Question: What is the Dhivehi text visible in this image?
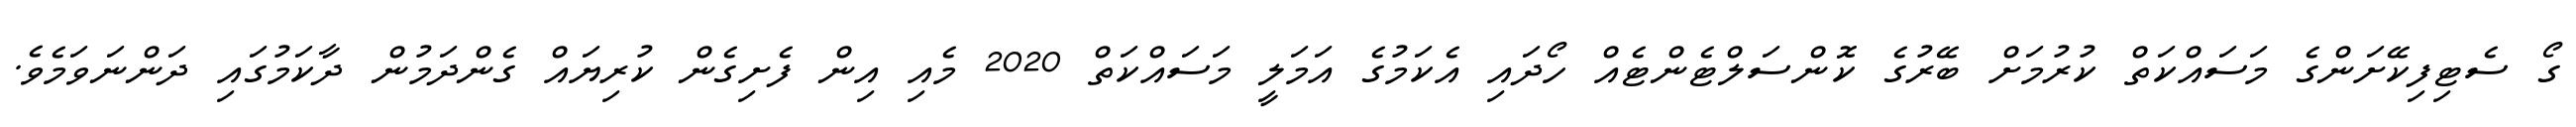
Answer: ގޯ ސެޓިފިކޭށަންގެ މަސައްކަތް ކުރުމަށް ބޭރުގެ ކޮންސަލްޓެންޓެއް ހޯދައި އެކަމުގެ އަމަލީ މަސައްކަތް 2020 މެއި އިން ފެށިގެން ކުރިޔައް ގެންދަމުން ދާކަމުގައި ދަންނަވަމެވެ.